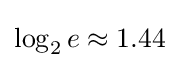
\log _{2}e\approx 1.44